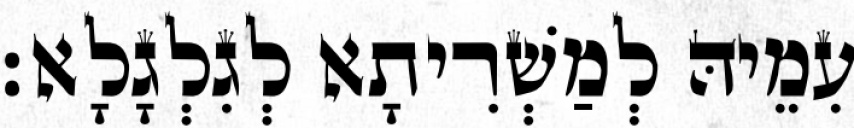
עִמֵיהּ לְמַשְׁרִיתָא לְגִלְגָלָא׃